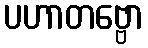
ပဟာတဗ္ဗော